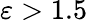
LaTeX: \varepsilon>1.5